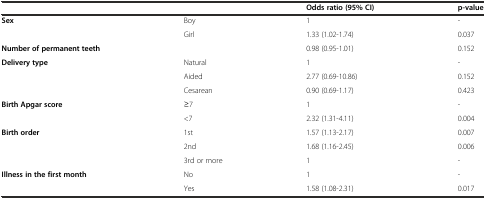
|  |  | Odds ratio (95% CI) | p-value |
 | --- | --- | --- | --- |
 | <ROWSPAN=2> Sex | Boy | 1 | - |
 | Girl | 1.33 (1.02-1.74) | 0.037 |
 | Number of permanent teeth |  | 0.98 (0.95-1.01) | 0.152 |
 | <ROWSPAN=3> Delivery type | Natural | 1 | - |
 | Aided | 2.77 (0.69-10.86) | 0.152 |
 | Cesarean | 0.90 (0.69-1.17) | 0.423 |
 | <ROWSPAN=2> Birth Apgar score | ≥7 | 1 | - |
 | <7 | 2.32 (1.31-4.11) | 0.004 |
 | <ROWSPAN=3> Birth order | 1st | 1.57 (1.13-2.17) | 0.007 |
 | 2nd | 1.68 (1.16-2.45) | 0.006 |
 | 3rd or more | 1 | - |
 | Illness in the first month | No | 1 | - |
 |  | Yes | 1.58 (1.08-2.31) | 0.017 |